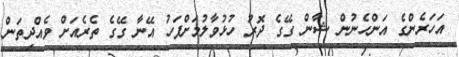
އަހަރެންގެ އަންހެނުން ޝާން ގޭގެ ދޮރު ހުޅުވާލުމަށްފަހު އޭނާ ގޭގެ ތެރެއަށް ވެއްދިތަން